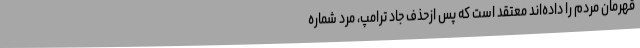
قهرمان مردم را داده‌اند معتقد است که پس ازحذف جاد ترامپ، مرد شماره